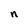
Character: n